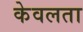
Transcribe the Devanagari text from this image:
केवलता